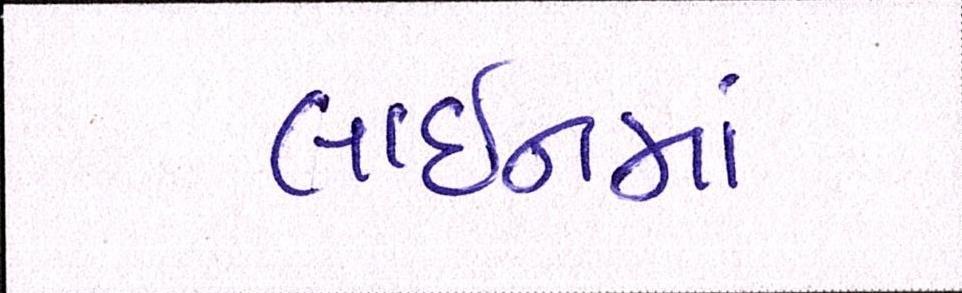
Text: લાઈનમાં